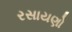
રસાયણો